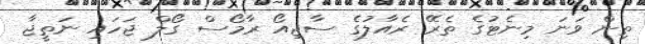
ތިން ވަނަ މިނެޓުގެ ތެރޭ ރެއާލުގެ ސާޖިއޯ ރާމޯސް ގޯލް ޖަހައި ނަތީޖާ